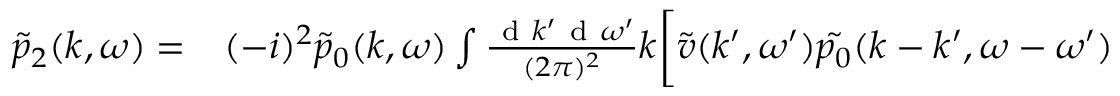
\begin{array} { r l } { \tilde { p } _ { 2 } ( k , \omega ) = } & { { } ( - i ) ^ { 2 } \tilde { p } _ { 0 } ( k , \omega ) \int \frac { \mathrm { ~ d ~ } k ^ { \prime } \mathrm { ~ d ~ } \omega ^ { \prime } } { ( 2 \pi ) ^ { 2 } } k \bigg [ \tilde { v } ( k ^ { \prime } , \omega ^ { \prime } ) \tilde { p _ { 0 } } ( k - k ^ { \prime } , \omega - \omega ^ { \prime } ) } \end{array}